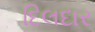
દિલદાર